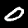
Digit: 0